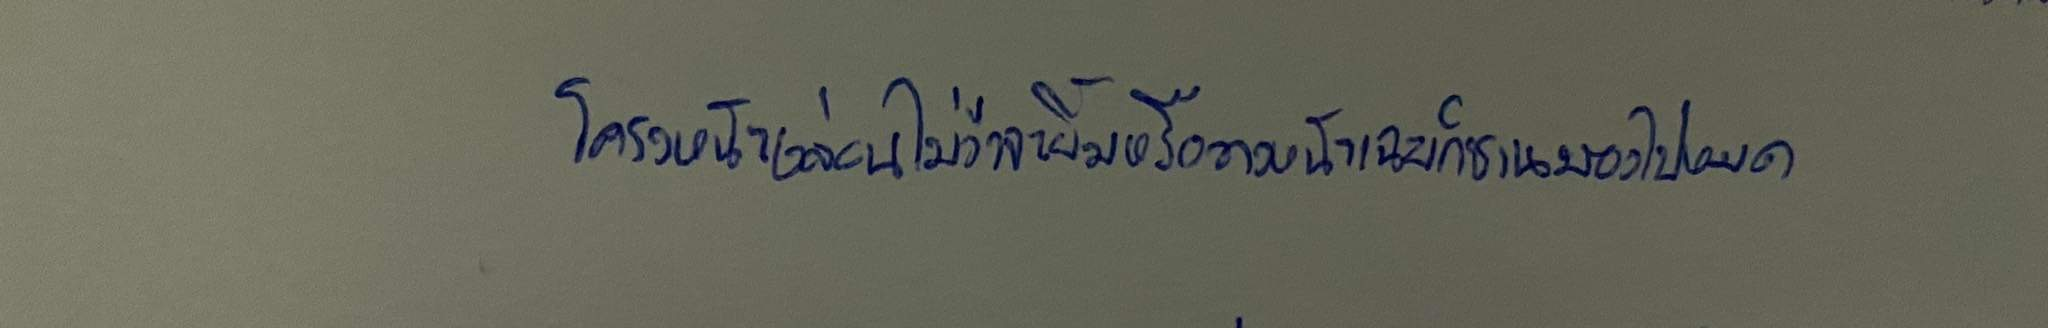
โครงหน้าหล่อนไม่ว่าจะยิ้มหรือวางหน้าเฉยก็ชวนมองไปหมด